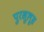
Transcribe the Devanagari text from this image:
पुरखुलूस